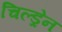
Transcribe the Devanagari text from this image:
चिल्‍ड्रेन